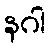
နဂါ